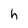
Character: h